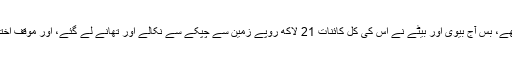
بیوی تو بیوی بیٹے بھی باپ کی انتہاءکی کنجوسی سے تنگ آ چکے تھے، بس آج بیوی اور بیٹے نے اس کی کل کائنات 21 لاکھ روپے زمین سے چپکے سے نکالے اور تھانے لے گئے، اور موقف اختیار کیا کہ ہمارا باپ اتنے پیسے ہونے کے باوجود ہمیں کچھ نہیں دیتا۔